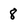
Character: 8